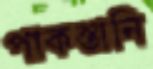
পাকস্তানি